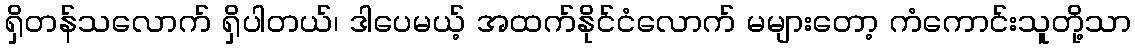
ရှိတန်သလောက် ရှိပါတယ်၊ ဒါပေမယ့် အထက်နိုင်ငံလောက် မများတော့ ကံကောင်းသူတို့သာ